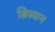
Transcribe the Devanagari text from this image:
ब्रिस्सन